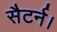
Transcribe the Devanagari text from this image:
सैटर्न।